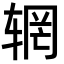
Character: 辋